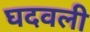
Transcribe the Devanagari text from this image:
घदवली